65_HS1-834228961_62-HQ-83894_Section_2
Agency: FBI
Page 54
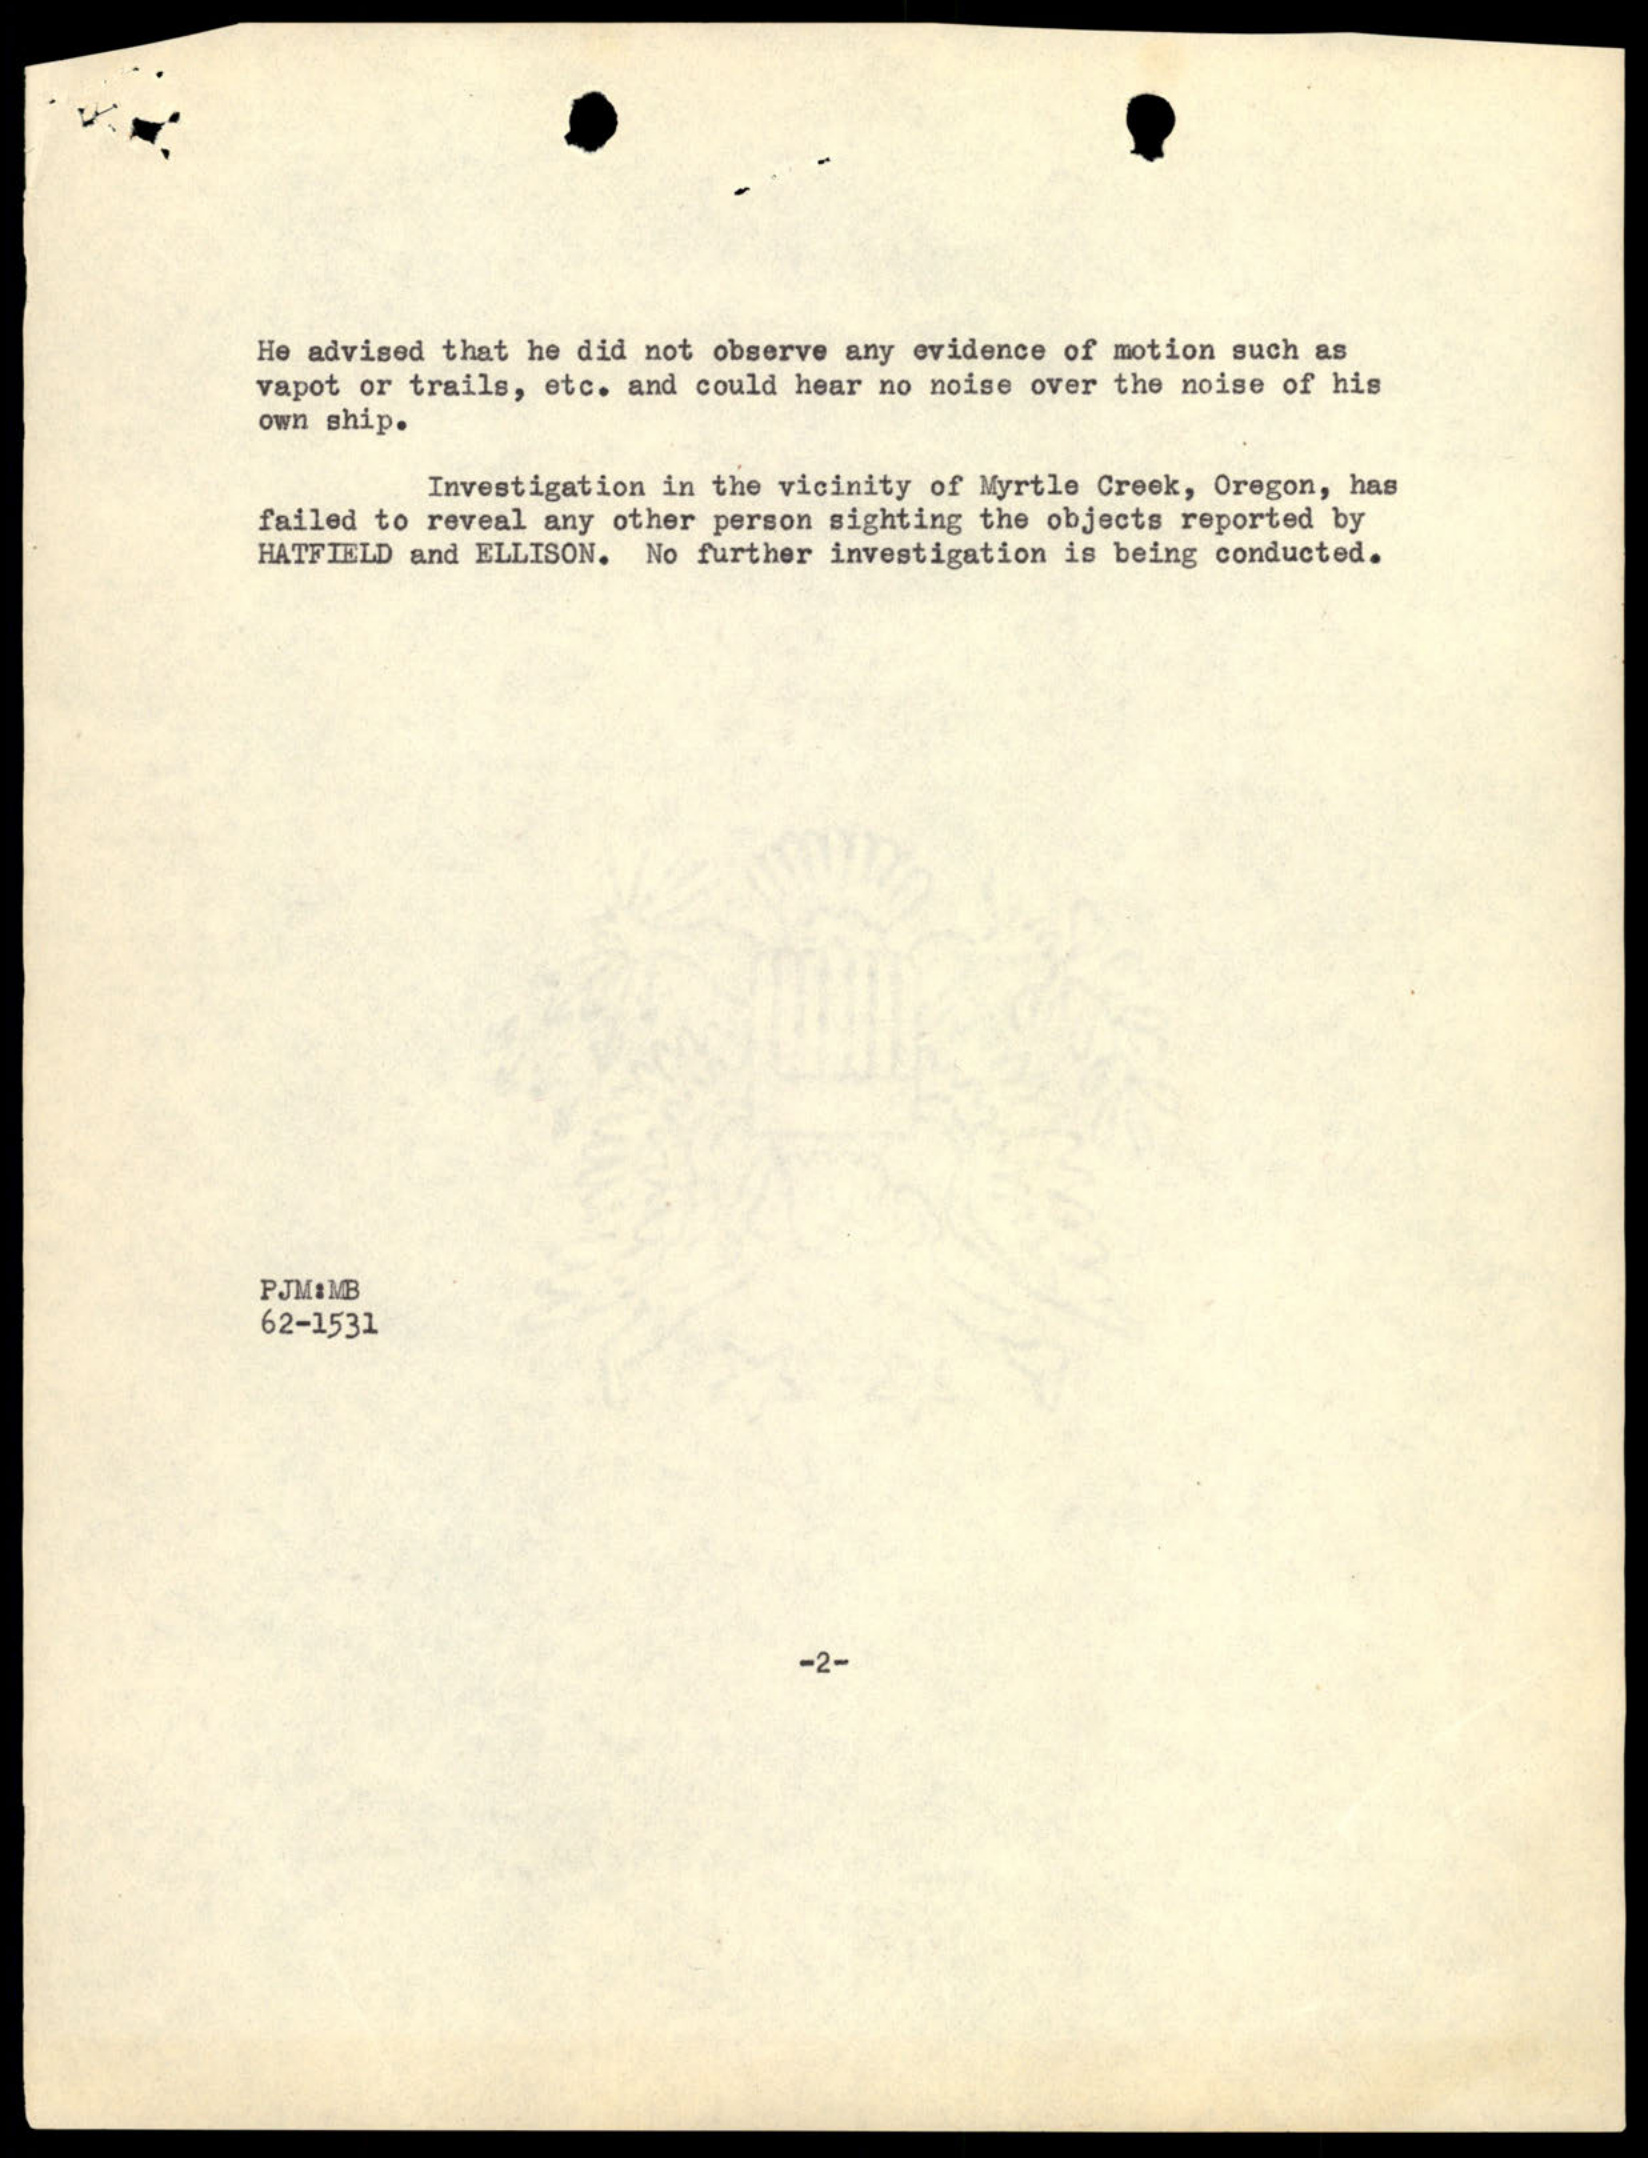